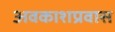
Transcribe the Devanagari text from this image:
अवकाशप्रवास